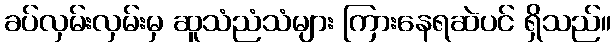
ခပ်လှမ်းလှမ်းမှ ဆူသံညံသံများ ကြားနေရဆဲပင် ရှိသည်။